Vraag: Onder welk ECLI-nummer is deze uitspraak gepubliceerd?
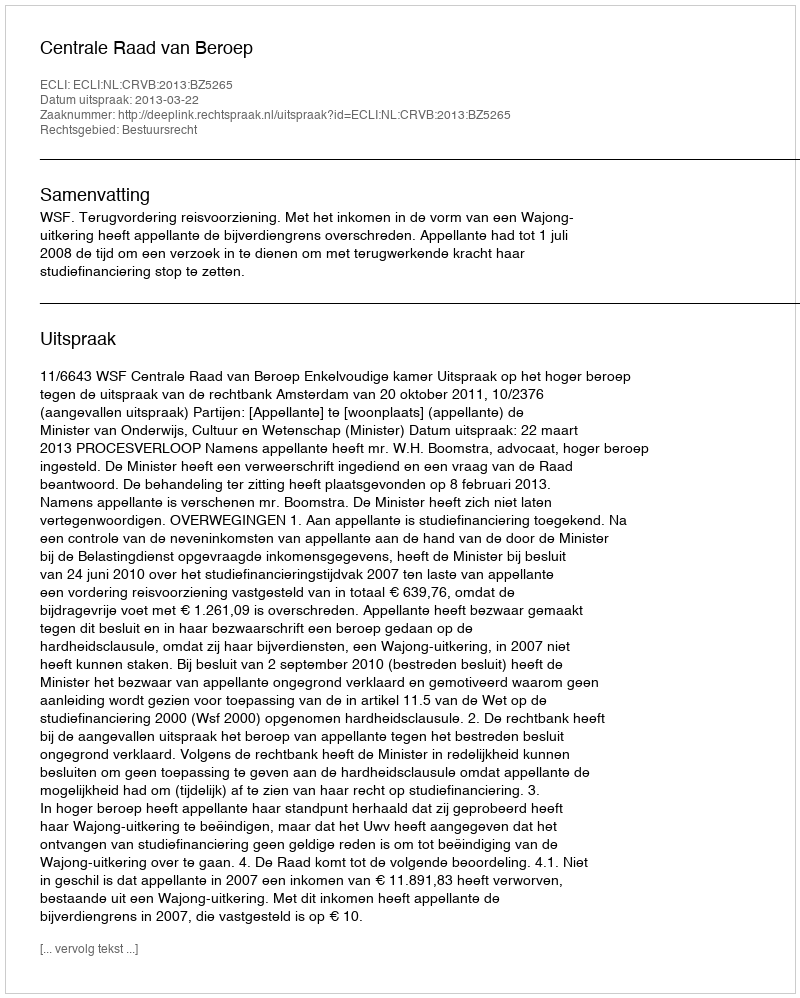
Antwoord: ECLI:NL:CRVB:2013:BZ5265